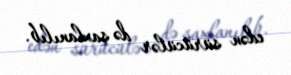
edən sürücülər də saxlanılıb.